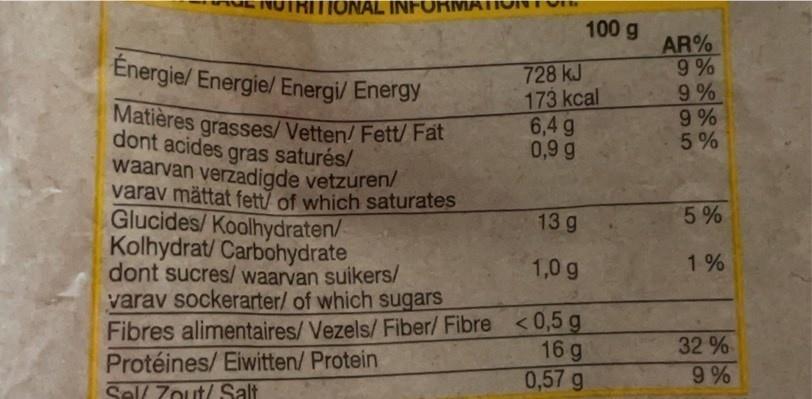
RITIONAL INFORMATIO
Énergie/ Energie/ Energi/ Energy Matières grasses/Vetten/ Fett/ Fat dont acides gras saturés/ waarvan verzadigde vetzuren/ varav mättat fett/ of which saturates
Glucides/Koolhydraten/ Kolhydrat/ Carbohydrate
dont sucres/ waarvan suikers/ varav sockerarter/ of which sugars Fibres alimentaires/ Vezels/ Fiber/ Fibre
Protéines/ Eiwitten/ Protein Sell Zout/ Salt
728 kJ
173 kcal
6,4 g
0,9 g
100 g
13 g
1,0 g
<0,5 g
16 g
0,57 g
AR%
9%
9%
9%
5%
5%
1%
32%
9%